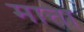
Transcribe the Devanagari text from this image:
मात्ता